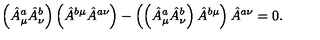
\left( \hat { A } _ { \mu } ^ { a } \hat { A } _ { \nu } ^ { b } \right) \left( \hat { A } ^ { b \mu } \hat { A } ^ { a \nu } \right) - \left( \left( \hat { A } _ { \mu } ^ { a } \hat { A } _ { \nu } ^ { b } \right) \hat { A } ^ { b \mu } \right) \hat { A } ^ { a \nu } = 0 .